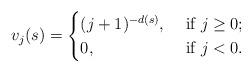
LaTeX: \begin{align*}v_j(s)=\begin{cases}(j+1)^{-d(s)},&\mbox{ if }j\ge0;\\0,&\mbox{ if }j<0.\end{cases}\end{align*}